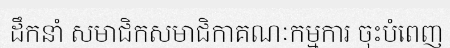
ដឹកនាំ សមាជិកសមាជិកាគណៈកម្មការ ចុះបំពេញ